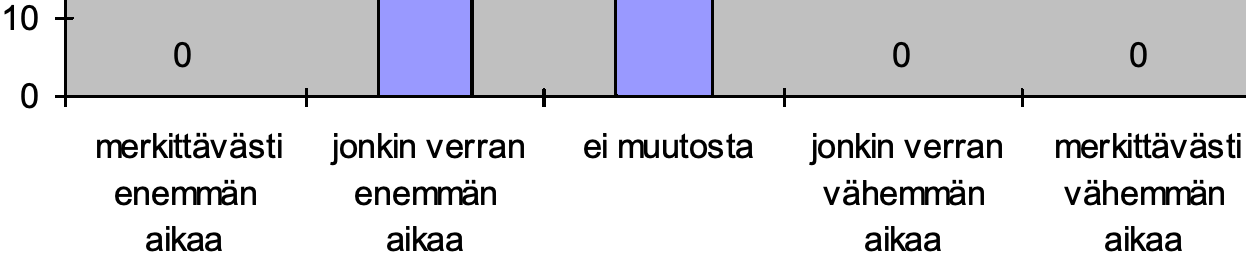
10 0                       0       0 0 merkittävästi jonkin verran ei muutosta jonkin verran merkittävästi enemmän enemmän         vähemmän vähemmän aikaa   aikaa           aikaa   aikaa